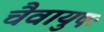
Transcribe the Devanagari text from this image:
चैवायुषः